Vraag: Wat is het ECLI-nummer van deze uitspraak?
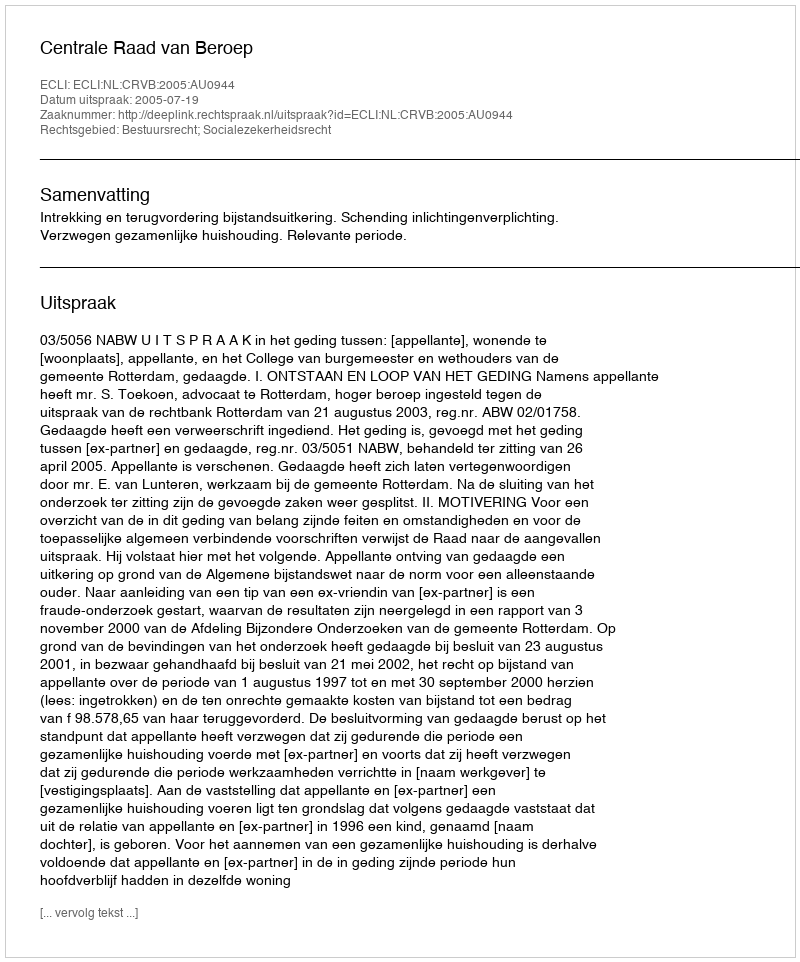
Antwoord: ECLI:NL:CRVB:2005:AU0944